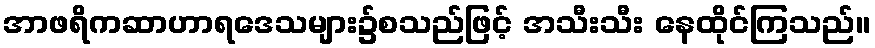
အာဖရိကဆာဟာရဒေသများ၌စသည်ဖြင့် အသီးသီး နေထိုင်ကြသည်။